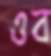
ওব